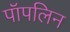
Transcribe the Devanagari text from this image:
पॉपलिन